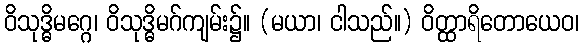
ဝိသုဒ္ဓိမဂ္ဂေ၊ ဝိသုဒ္ဓိမဂ်ကျမ်း၌။ (မယာ၊ ငါသည်။) ဝိတ္ထာရိတောယေဝ၊